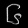
Digit: ၆